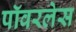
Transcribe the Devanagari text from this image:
पॉवरलेस